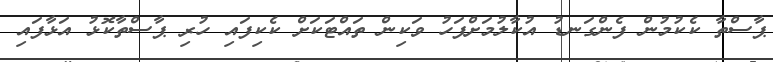
ޕާސްތާ ކެކުމުން ފެންގަނޑު އުކާލުމަށްފަހު ވަކިން ތައްޓަކަށް ކެކިފައި ހުރި ޕާސްތާކޮޅު އަޅާފައި